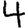
Digit: 4